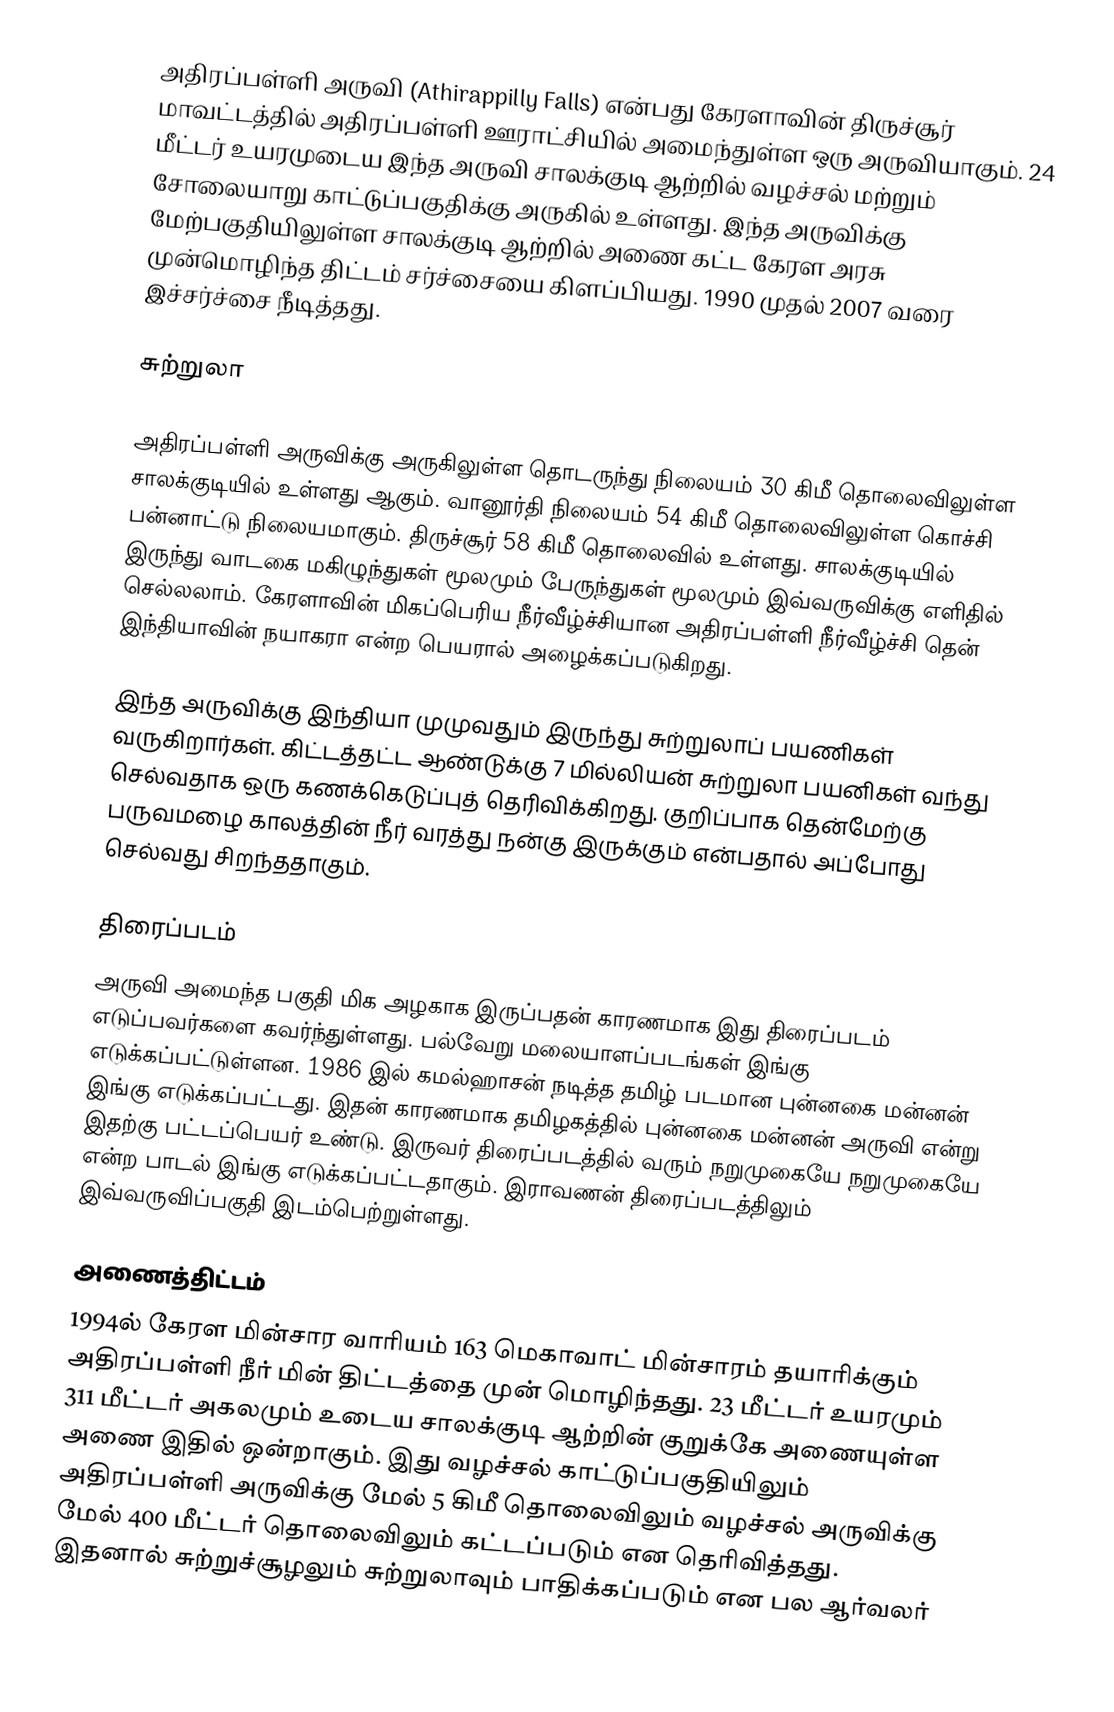
அதிரப்பள்ளி அருவி (Athirappilly Falls) என்பது கேரளாவின் திருச்சூர் மாவட்டத்தில் அதிரப்பள்ளி ஊராட்சியில் அமைந்துள்ள ஒரு அருவியாகும். 24 மீட்டர் உயரமுடைய இந்த அருவி சாலக்குடி ஆற்றில் வழச்சல் மற்றும் சோலையாறு காட்டுப்பகுதிக்கு அருகில் உள்ளது. இந்த அருவிக்கு மேற்பகுதியிலுள்ள  சாலக்குடி ஆற்றில் அணை கட்ட கேரள அரசு முன்மொழிந்த திட்டம் சர்ச்சையை கிளப்பியது. 1990 முதல் 2007 வரை இச்சர்ச்சை நீடித்தது.

சுற்றுலா

அதிரப்பள்ளி அருவிக்கு அருகிலுள்ள தொடருந்து நிலையம் 30 கிமீ தொலைவிலுள்ள சாலக்குடியில் உள்ளது ஆகும். வானூர்தி நிலையம் 54 கிமீ தொலைவிலுள்ள கொச்சி பன்னாட்டு நிலையமாகும். திருச்சூர் 58 கிமீ தொலைவில் உள்ளது. சாலக்குடியில் இருந்து வாடகை மகிழுந்துகள் மூலமும் பேருந்துகள் மூலமும் இவ்வருவிக்கு எளிதில் செல்லலாம். கேரளாவின் மிகப்பெரிய நீர்வீழ்ச்சியான அதிரப்பள்ளி நீர்வீழ்ச்சி தென் இந்தியாவின் நயாகரா என்ற பெயரால் அழைக்கப்படுகிறது.

இந்த அருவிக்கு இந்தியா முமுவதும் இருந்து சுற்றுலாப் பயணிகள் வருகிறார்கள். கிட்டத்தட்ட ஆண்டுக்கு 7 மில்லியன் சுற்றுலா பயனிகள் வந்து செல்வதாக ஒரு கணக்கெடுப்புத் தெரிவிக்கிறது. குறிப்பாக தென்மேற்கு பருவமழை காலத்தின் நீர் வரத்து நன்கு இருக்கும் என்பதால் அப்போது செல்வது சிறந்ததாகும்.

திரைப்படம்
அருவி அமைந்த பகுதி மிக அழகாக இருப்பதன் காரணமாக இது திரைப்படம் எடுப்பவர்களை கவர்ந்துள்ளது. பல்வேறு மலையாளப்படங்கள் இங்கு எடுக்கப்பட்டுள்ளன. 1986 இல் கமல்ஹாசன் நடித்த தமிழ் படமான புன்னகை மன்னன் இங்கு எடுக்கப்பட்டது. இதன் காரணமாக தமிழகத்தில்    புன்னகை மன்னன் அருவி என்று இதற்கு பட்டப்பெயர் உண்டு. இருவர் திரைப்படத்தில் வரும் நறுமுகையே நறுமுகையே என்ற பாடல் இங்கு எடுக்கப்பட்டதாகும். இராவணன் திரைப்படத்திலும் இவ்வருவிப்பகுதி இடம்பெற்றுள்ளது.

அணைத்திட்டம்
1994ல் கேரள மின்சார வாரியம் 163 மெகாவாட் மின்சாரம் தயாரிக்கும் அதிரப்பள்ளி நீர் மின் திட்டத்தை முன் மொழிந்தது. 23 மீட்டர் உயரமும் 311 மீட்டர் அகலமும் உடைய சாலக்குடி ஆற்றின் குறுக்கே  அணையுள்ள அணை இதில் ஒன்றாகும். இது வழச்சல் காட்டுப்பகுதியிலும் அதிரப்பள்ளி அருவிக்கு மேல் 5 கிமீ தொலைவிலும் வழச்சல் அருவிக்கு மேல் 400 மீட்டர் தொலைவிலும் கட்டப்படும் என  தெரிவித்தது. இதனால் சுற்றுச்சூழலும் சுற்றுலாவும் பாதிக்கப்படும் என பல ஆர்வலர்